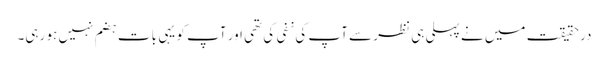
درحقیقت میں نے پہلی ہی نظر سے آپ کی نفی کی تھی اور آپ کو یہی بات ہضم نہیں ہو رہی۔